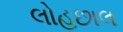
લોહછાલ